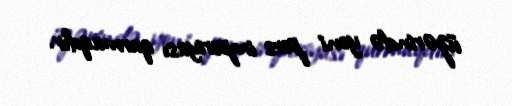
üzərində yeni pers imperiyası qurmaqdır.